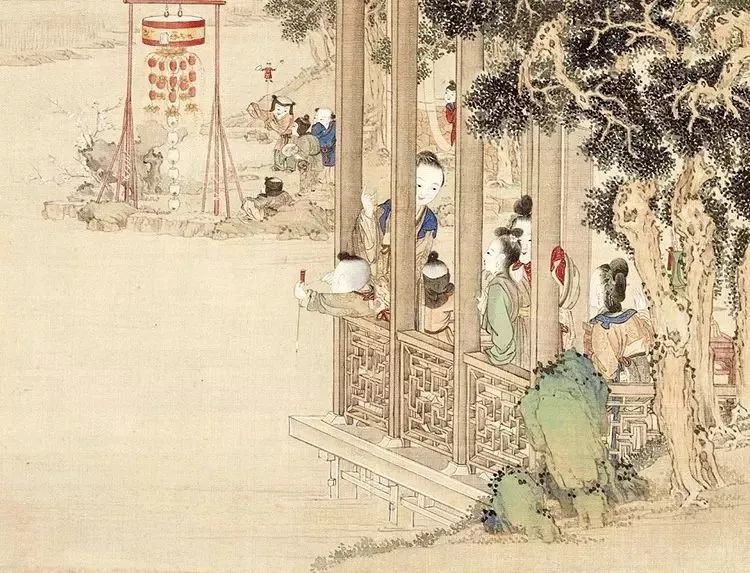
闻道长安灯夜好，雕轮宝马如云。